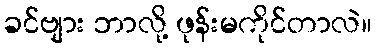
ခင်ဗျား ဘာလို့ ဖုန်းမကိုင်တာလဲ။